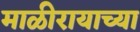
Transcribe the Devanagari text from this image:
माळीरायाच्या